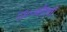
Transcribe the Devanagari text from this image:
ए३००बी११ची